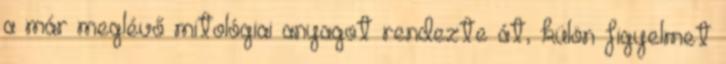
a már meglévő mitológiai anyagot rendezte át, külön figyelmet